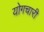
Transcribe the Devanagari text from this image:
योगचारी